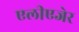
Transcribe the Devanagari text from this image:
एलीएजेर